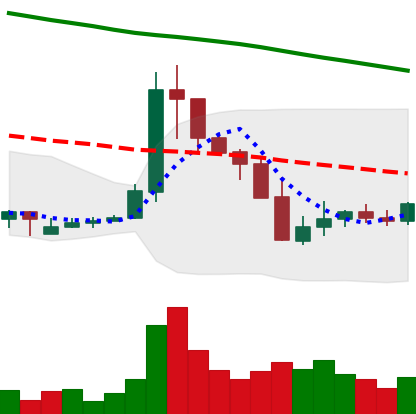
Ticker: XLM-USD
Chart end date: 2019-09-30
Forward return: -3.892%
Label: down_3_5